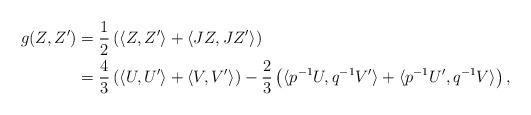
LaTeX: \begin{align*} g(Z,Z') &= \frac{1}{2} \left(\langle Z,Z'\rangle + \langle JZ,JZ'\rangle\right)\\ &= \frac{4}{3} \left(\langle U,U'\rangle + \langle V,V'\rangle\right) -\frac{2}{3} \left(\langle p^{-1}U,q^{-1}V'\rangle + \langle p^{-1}U',q^{-1}V\rangle\right),\end{align*}